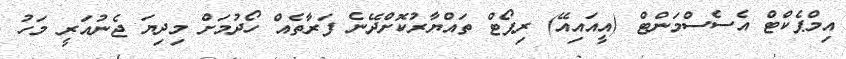
އިމްޕެކްޓް އެސެސްމަންޓް (އީއައިއޭ) ރިޕޯޓް ތައްޔާރުކޮށްދޭނެ ފަރާތެއް ހޯދުމަށް މިދިޔަ ޖެނުއަރީ މަހު